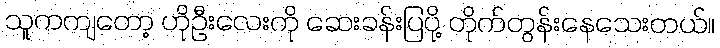
သူကကျတော့ ဟိုဦးလေးကို ဆေးခန်းပြပို့ တိုက်တွန်းနေသေးတယ်။